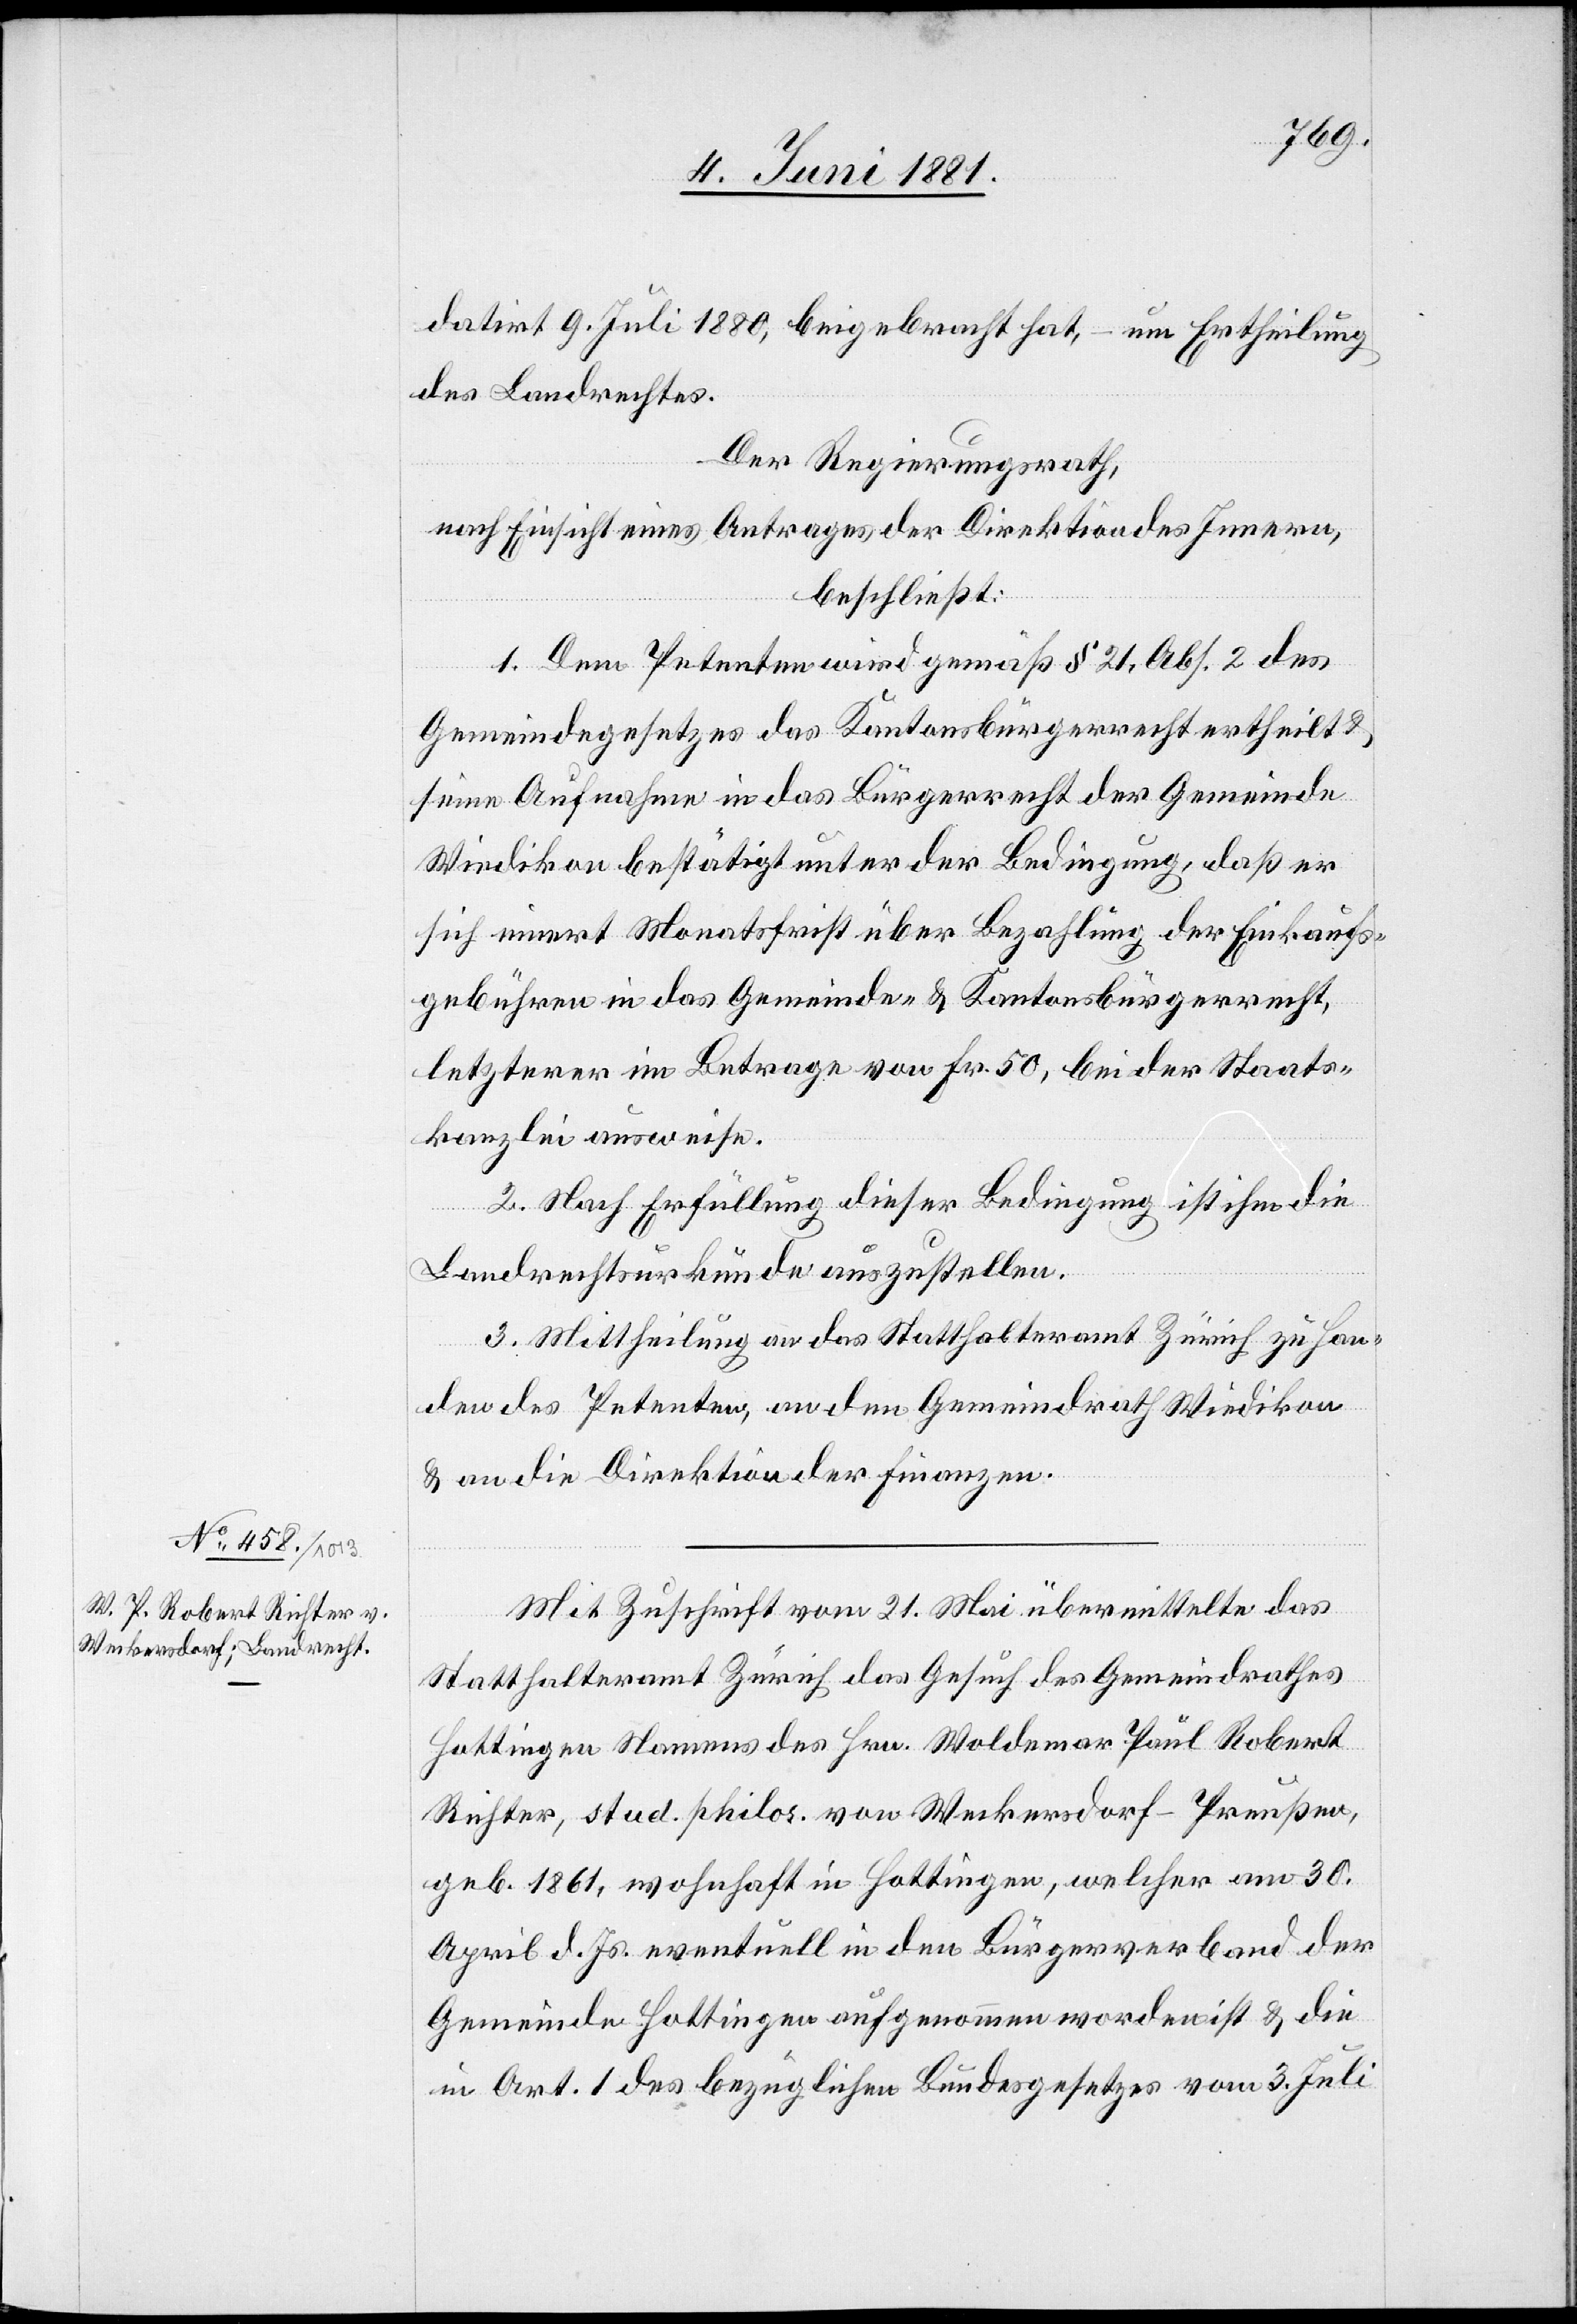
datirt 9. Juli 1880, beigebracht hat, – um Ertheilung
des Landrechtes.
Der Regierungsrath,
nach Einsicht eines Antrages der Direktion des Innern,
beschließt:
1. Dem Petenten wird gemäß § 21, Abs. 2 des
Gemeindegesetztes das Kantonsbürgerrecht ertheilt &
seine Aufnahme in das Bürgerrecht der Gemeinde
Wiedikon bestätigt unter der Bedingung, daß er
sich innert Monatsfrist über Bezahlung der Einkaufs¬
gebühren in das Gemeinde- & Kantonsbürgerrecht,
letzterer im Betrage von Fr. 50, bei der Staats¬
kanzlei ausweise.
2. Nach Erfüllung dieser Bedingung ist ihm die
Landrechtsurkunde auszustellen.
3. Mittheilung an das Statthalteramt Zürich zu Han¬
von
den des Petenten, an den Gemeindrath Wiedikon
& an die Direktion der Finanzen.
Mit Zuschrift vom 21. Mai übermittelte das
Statthalteramt Zürich das Gesuch des Gemeindrathes
Hottingen Namens des Hrn. Waldemar Paul Robert
geb. 1861, wohnhaft in Hottingen, welcher am 30.
April d. Js. eventuell in den Bürgerverband der
Gemeinde Hottingen aufgenommen worden ist & die
in Art. 1 des bezüglichen Bundesgesetzes vom 3. Juli